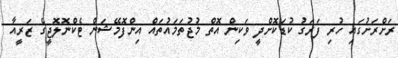
ރަށްރަށުގައި ހުރި ފަރަގު ކުޑަކޮށްދީ ވަކިން އޮތް މުޖުތަމައުތައް އިންފޮމޭޝަން ޓެކްނޮލޮޖީގެ ޒަރީއާ